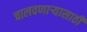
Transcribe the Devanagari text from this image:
चालवणाऱ्यासाठी